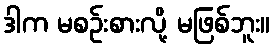
ဒါက မစဉ်းစားလို့ မဖြစ်ဘူး။